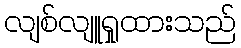
လျစ်လျူရှုထားသည်